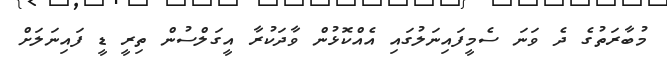
މުބާރަތުގެ ދެ ވަނަ ސެމީފައިނަލުގައި އެއްކޮޅުން ވާދަކުރާ އީގަލްސުން ތިރީ ޑީ ފައިނަލަށް